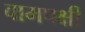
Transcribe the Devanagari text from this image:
वामपक्षी